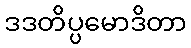
ဒဒတိပ္ပမောဒိတာ